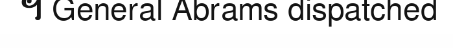
។ General Abrams dispatched